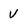
Character: V